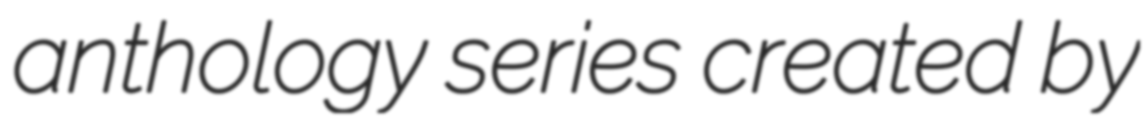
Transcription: anthology series created by